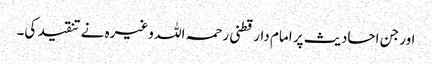
اور جن احادیث پر امام دارقطنی رحمہ اللہ وغیرہ نے تنقید کی۔